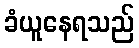
ခံယူနေရသည်